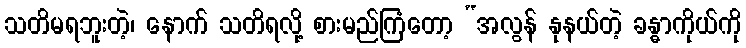
သတိမရဘူးတဲ့၊ နောက် သတိရလို့ စားမည်ကြံတော့ “အလွန် နုနယ်တဲ့ ခန္ဓာကိုယ်ကို